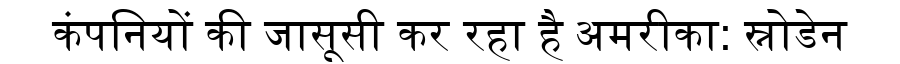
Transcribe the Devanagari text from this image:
कंपनियों की जासूसी कर रहा है अमरीका: स्नोडेन